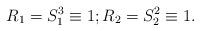
LaTeX: \begin{align*}R_1=S^{3}_1\equiv 1;R_2=S^{2}_2\equiv 1.\end{align*}